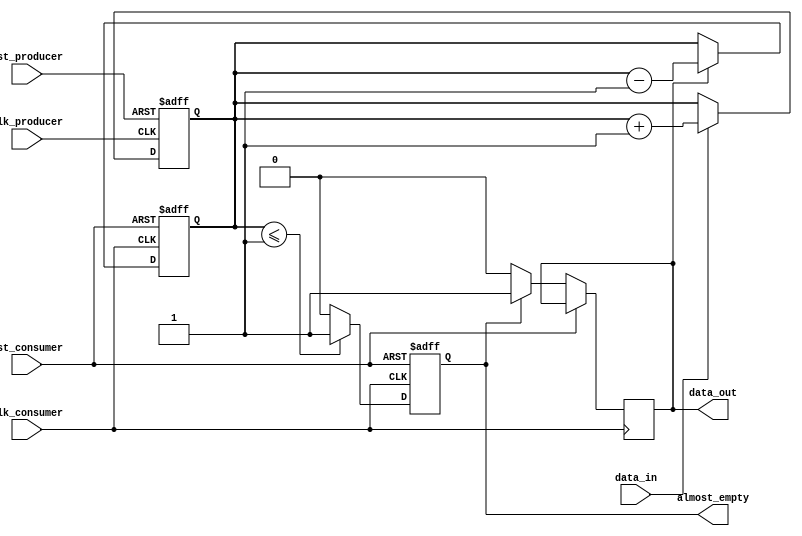
module almost_empty_fifo_buffer (
    input wire clk_producer,
    input wire rst_producer,
    input wire data_in,
    output reg almost_empty,
    output reg data_out,
    input wire clk_consumer,
    input wire rst_consumer
);

parameter BUFFER_SIZE = 8;
reg [BUFFER_SIZE-1:0] fifo_buffer;
reg [3:0] buffer_ptr;

always @ (posedge clk_producer or posedge rst_producer) begin
    if (rst_producer) begin
        buffer_ptr <= 0;
    end else begin
        if (data_in) begin
            fifo_buffer[buffer_ptr] <= data_in;
            buffer_ptr <= buffer_ptr + 1;
        end
    end
end

always @ (posedge clk_consumer or posedge rst_consumer) begin
    if (rst_consumer) begin
        buffer_ptr <= 0;
        almost_empty <= 1'b0;
    end else begin
        if (buffer_ptr <= 1) begin
            almost_empty <= 1'b1;
        end else begin
            almost_empty <= 1'b0;
        end
        
        if (almost_empty) begin
            data_out <= 1'b1;
        end else begin
            data_out <= 1'b0;
        end
        
        if (data_out) begin
            fifo_buffer[0] <= 0;
            buffer_ptr <= buffer_ptr - 1;
        end
    end
end

endmodule